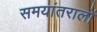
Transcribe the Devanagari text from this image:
समयांतरालों